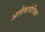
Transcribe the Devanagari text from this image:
अलौकतांत्रिक